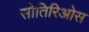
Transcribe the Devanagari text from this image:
सोतिरिओस